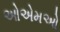
ઓએમઓ